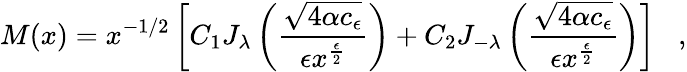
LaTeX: M(x)=x^{-1/2}\left[C_{1}J_{\lambda}\left(\frac{\sqrt{4\alpha c_{\epsilon}}}{\epsilon x^{\frac{\epsilon}{2}}}\right)+C_{2}J_{-{\lambda}}\left(\frac{\sqrt{4\alpha c_{\epsilon}}}{\epsilon x^{\frac{\epsilon}{2}}}\right)\right]\; \; \; ,